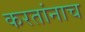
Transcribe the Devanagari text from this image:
करतांनाच